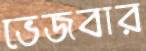
ভেজবার